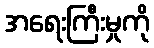
အရေးကြီးမှုကို